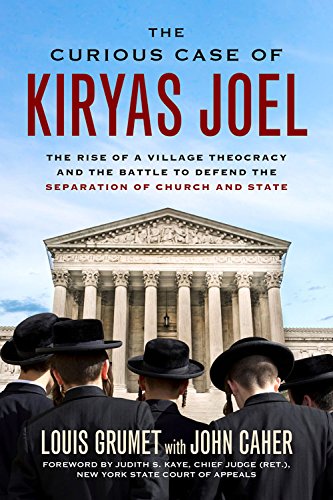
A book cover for The Curious Case of Kiryas Joel: The Rise of a Village Theocracy and the Battle to Defend the Separation of Church and State; Louis Grumet; Religion & Spirituality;